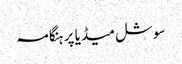
سوشل میڈیا پر ہنگامہ